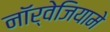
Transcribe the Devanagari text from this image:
नॉर्वेजियामे